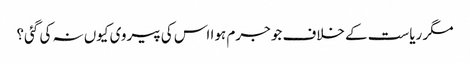
مگر ریاست کے خلاف جو جرم ہوا اس کی پیروی کیوں نہ کی گئی؟